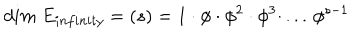
d i m ~ E _ { i n f i n i t y } = ( s ) = 1 \cdot \phi \cdot \phi ^ { 2 } \cdot \phi ^ { 3 } \cdot \, . . . \, \phi ^ { s - 1 }